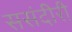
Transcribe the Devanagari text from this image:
ससंदीरी